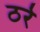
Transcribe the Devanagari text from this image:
ठरे